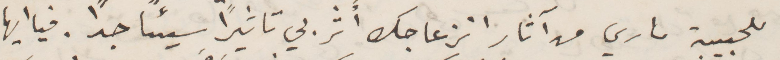
للحبيبة ماري من آثار انزعاجك اثر بي تاثيرًا سيئًا جدًا. فيا أيها